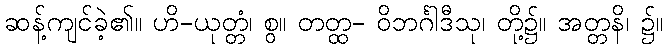
ဆန့်ကျင်ခဲ့၏။ ဟိ-ယုတ္တံ၊ စွ။ တတ္ထ- ဝိဘင်္ဂါဒီသု၊ တို့၌။ အတ္တနိ၊ ၌။